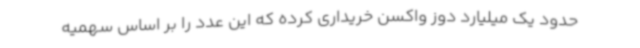
حدود یک میلیارد دوز واکسن خریداری کرده که این عدد را بر اساس سهمیه